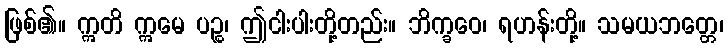
ဖြစ်၏။ ဣတိ ဣမေ ပဉ္စ၊ ဤငါးပါးတို့တည်း။ ဘိက္ခဝေ၊ ရဟန်းတို့။ သမယဘတ္တေ၊